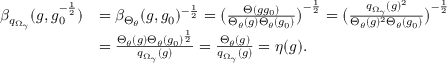
\begin{array} { r l } { \beta _ { q _ { \Omega _ { \gamma } } } ( g , g _ { 0 } ^ { - \frac { 1 } { 2 } } ) } & { = \beta _ { \Theta _ { \theta } } ( g , g _ { 0 } ) ^ { - \frac { 1 } { 2 } } = \big ( \frac { \Theta ( g g _ { 0 } ) } { \Theta _ { \theta } ( g ) \Theta _ { \theta } ( g _ { 0 } ) } \big ) ^ { - \frac { 1 } { 2 } } = \big ( \frac { q _ { \Omega _ { \gamma } } ( g ) ^ { 2 } } { \Theta _ { \theta } ( g ) ^ { 2 } \Theta _ { \theta } ( g _ { 0 } ) } \big ) ^ { - \frac { 1 } { 2 } } } \\ & { = \frac { \Theta _ { \theta } ( g ) \Theta _ { \theta } ( g _ { 0 } ) ^ { \frac { 1 } { 2 } } } { q _ { \Omega _ { \gamma } } ( g ) } = \frac { \Theta _ { \theta } ( g ) } { q _ { \Omega _ { \gamma } } ( g ) } = \eta ( g ) . } \end{array}